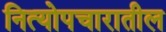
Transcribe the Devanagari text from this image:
नित्योपचारातील